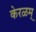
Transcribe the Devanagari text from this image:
केरळम्